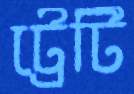
ট্রেটি